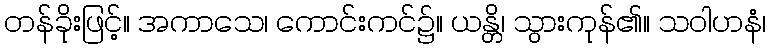
တန်ခိုးဖြင့်။ အကာသေ၊ ကောင်းကင်၌။ ယန္တိ၊ သွားကုန်၏။ သဝါဟနံ၊